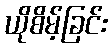
ယိုစိမ့်ခြင်း